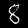
Label: 8